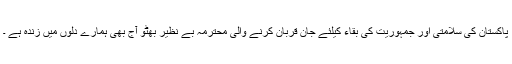
پاکستان کی سلامتی اور جمہوریت کی بقاء کیلئے جان قربان کرنے والی محترمہ بے نظیر بھٹو آج بھی ہمارے دلوں میں زندہ ہے ۔